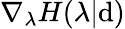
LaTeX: \nabla_{\lambda}H(\lambda|\mathrm{d})